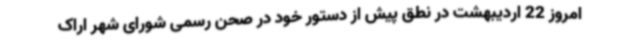
امروز 22 اردیبهشت در نطق پیش از دستور خود در صحن رسمی شورای شهر اراک